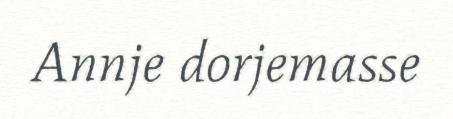
Annje dorjemasse